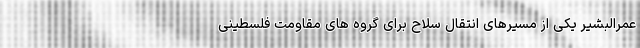
عمرالبشیر یکی از مسیرهای انتقال سلاح برای گروه های مقاومت فلسطینی